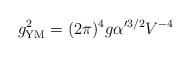
LaTeX: \begin{align*}g_{\rm YM}^2 = (2\pi)^{4} g \alpha'^{3/2}V^{-4}\end{align*}